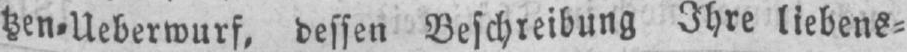
tzen⸗Ueberwurf, dessen Beschreibung Ihre liebens⸗